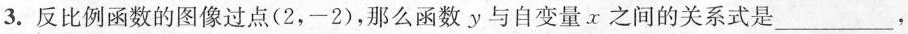
3.反比例函数的图像过点(2，-2)，那么函数y与自变量x之间的关系式是___，